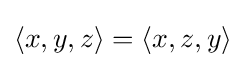
\langle x,y,z\rangle =\langle x,z,y\rangle